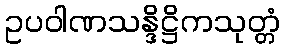
ဥပဝါဏသန္ဒိဋ္ဌိကသုတ္တံ